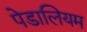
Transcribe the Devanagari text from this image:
पेडालियम